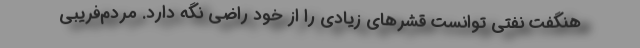
هنگفت نفتی توانست قشرهای زیادی را از خود راضی نگه دارد. مردم‌فریبی